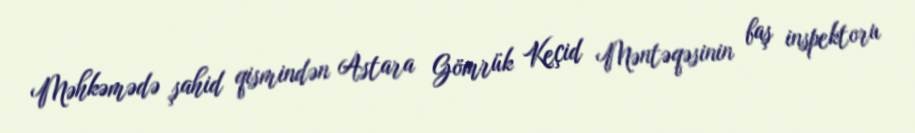
Məhkəmədə şahid qismindən Astara Gömrük Keçid Məntəqəsinin baş inspektoru